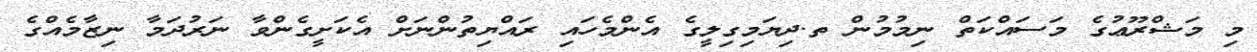
މި މަޝްރޫޢުގެ މަސައްކަތް ނިމުމުން ތ.ދިޔަމިގިލީގެ އެންމެހައި ރައްޔިތުންނަށް އެކަށީގެންވާ ނަރުދަމާ ނިޒާމެއްގެ